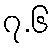
၇.၆